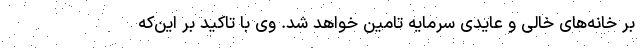
بر خانه‌های خالی و عایدی سرمایه تامین خواهد شد. وی با تاکید بر این‌که